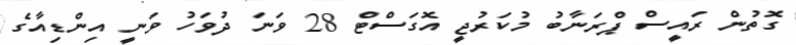
ގޮތުން ރައީސް ޕްރަނާބު މުކަރުޖީ އޮގަސްޓް 28 ވަނަ ދުވަހު ވަނީ އިންޑިއާގެ